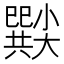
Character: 𡮸